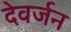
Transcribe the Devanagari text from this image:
देवर्जन